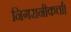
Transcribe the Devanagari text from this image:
निगरानीकर्त्ता।